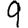
Digit: 9